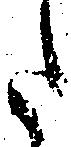
た